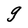
Character: g